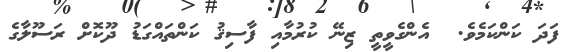
ފަދަ ކަންކަމެވެ.  އެންގެވީތީ ޒިނޭ ކުރުމާއި ފާސިޤު ކަންތައްގަޑު ދޫކޮށް ރަސޫލާގެ